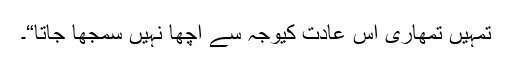
تمہیں تمھاری اس عادت کیوجہ سے اچھا نہیں سمجھا جاتا“۔